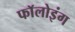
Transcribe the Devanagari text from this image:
फाॅलोइंग